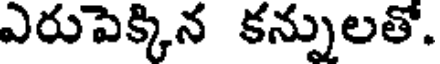
ఎరుపెక్కిన కన్నులతో.